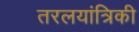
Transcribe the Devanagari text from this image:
तरलयांत्रिकी